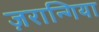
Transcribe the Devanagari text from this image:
ज़रान्गिया